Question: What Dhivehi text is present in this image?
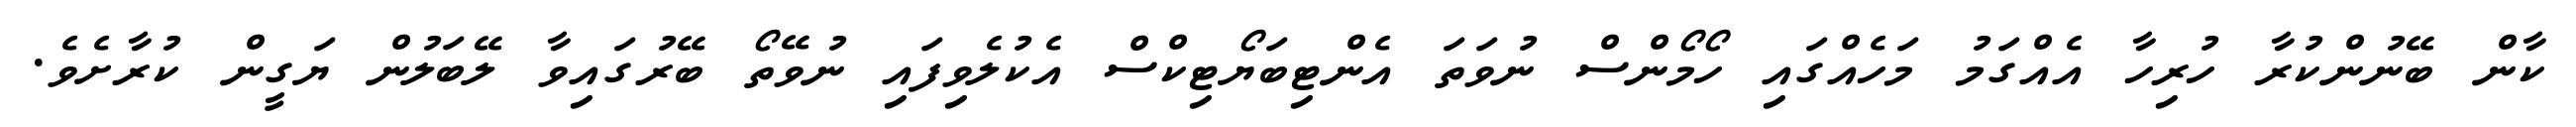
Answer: ކާން ބޭނުންކުރާ ހުރިހާ އެއްގަމު މަހެއްގައި ހޯމޯންސް ނުވަތަ އެންޓިބަޔޯޓިކްސް އެކުލެވިފައި ނުވޭތޯ ބޭރުގައިވާ ލޭބަލުން ޔަގީން ކުރާށެވެ.